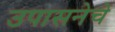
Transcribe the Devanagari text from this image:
उपासनेचे